Scottish Certificate of Education, 1962
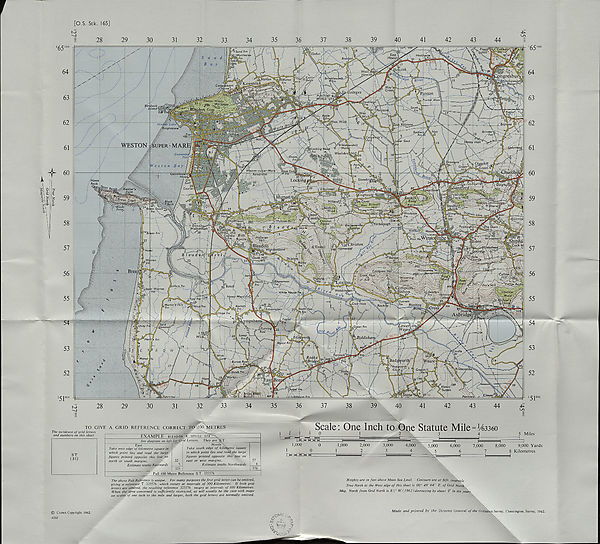
Frostfi\
Sand Fm
ISQtMyrtletrce
Fm
Ebdon
East
Hewisf
West,
igresburyj
' YOrchipwoodyb
(£a«tl«<
JManor
Fm
Ipsicent
Mo/'s.
Green/
Puxtojn,Moor
^Doublet \Fm /
South
>s 'v£ m
Miwfrtt' J.uK
Jknight stone*
\East Rolstone,
Brinsea\C~'
/'Foi , V'l\.
WESTON super - mar:
'Woli/ershill Mant
'Locking Hei
Woolv&rswJHil
Swimming Pool
ConvaJescent{
Aerodrome
StonebrifJgt
Howe
Rock
Q El borough'
Jhafthtii'linpidd fer*s
Hi/lend!
^ Lowers
‘ Ganadai
guflon TjV
'Rhodyatc
Fm,—
"down< Haifa,
fixon]
iston
: Yarborough
* ©nmtllm
Walbofou
^addingharn%^o&he^
BC£ADQN...&c^5*M
WHILST A
Coornbe pffigfo \
Rustem.
Works Mooseheart
'j \HeUehge
interhead
'Christon
Hamwood
^jWqndersXone°c
^P;48^
t,Soutb Hill
[Rhypemoor
i North'
Fm l
White House Fr
Dunnett
Fm JHanMng
Martin’s'Hill
’ Fm
Rectojy
Eastertown
A^bridg*
>shamf
Vearey^i,
^Purving
Row
Lower
Fmffr
\Biddishai
^Cradle
Wick
s^xLane
Manor
Burton Rov
Greenhill jFm D Jr
iiPtprrnw
[O.S. Stk. 165]
ro
Scale: One Inch to One Statute Mile = 1 /6336o
TO GIVE A GRID REFERENCE CORRECT TO 100 METRES
T/te incidence of grid letters
' ^
and numbers on this sheet
EXAMPLE BLEADOtTlT UPHILL STA^—
5 Miles
See diagram on left for Grid Letters. They are ST
North
Take south edge of kilometre square
in which point lies and read the large
figures printed opposite this line on
east or west margins.
Estimate tenths Northwards
1,000
2,000
2
3,000
3
4,000
5,000
4
5
East
6,000
7,000
Take west edge of kilometre square in
which point lies and read the large
figures printed opposite this line on
north or south margins.
Estimate tenths Eastwards
ST
Full 100 Metre Reference ST 325576
8,000
9,000 Yards
8 Kilometres
The above Full Reference is unique. For many purposes the first grid letter can be omitted,
giving a reference T 325576 which recurs at intervals of 500 Kilometres. If both grid
letters are omitted, the resulting reference 325576 reeprs at intervals of 100 Kilometres.
When the area concerned is sufficiently restricted, as will usually be the case with maps
on scales of one inch to the mile and larger, both the grid letters are normally omitted.
Heights are in feet above Mean Sea Level. Contours are at 50ft. intervals
True North at the West edge of this sheet is 00° 49' 04” E. of Grid Norths,
Mag. North from Grid North is S'/j 0 W. (1962) decreasing by about in six years
© Crown Copyright 1962.
4332
•A *•/ •••?' .?
Made and printed by the Director General of the Ordnance Survey, Chessington, Surrey, 1962.